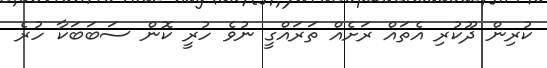
ކުރިން ދޫކުރި އެތައް ރަށެއް ތަރައްގީ ނުވެ ހުރީ ކޮން ސަބަބަކާ ހުރެ